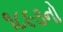
૧૮૯૩નો